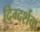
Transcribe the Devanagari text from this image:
दिग्‍दर्शक